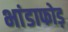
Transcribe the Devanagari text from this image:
भांडाफोड़